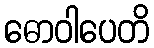
ဓောဝါပေတိ